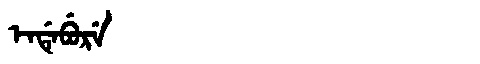
Manchu: ᡝᠨᡩᡝᠪᡠᡵᡝ
Romanization: ENDEBURE